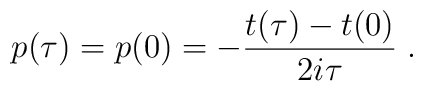
p(\tau)=p(0)=-{t(\tau)-t(0)\over 2i\tau}\; .